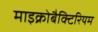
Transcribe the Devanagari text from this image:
माइक्रोबैक्टिरियम